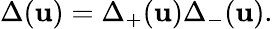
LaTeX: \Delta(\mathbf{u})=\Delta_{+}(\mathbf{u})\Delta_{-}(\mathbf{u}).